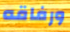
ورفاقه